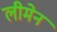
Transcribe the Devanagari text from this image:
लीमेन